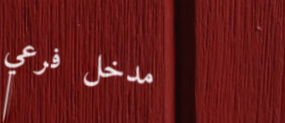
مدخل فرعي